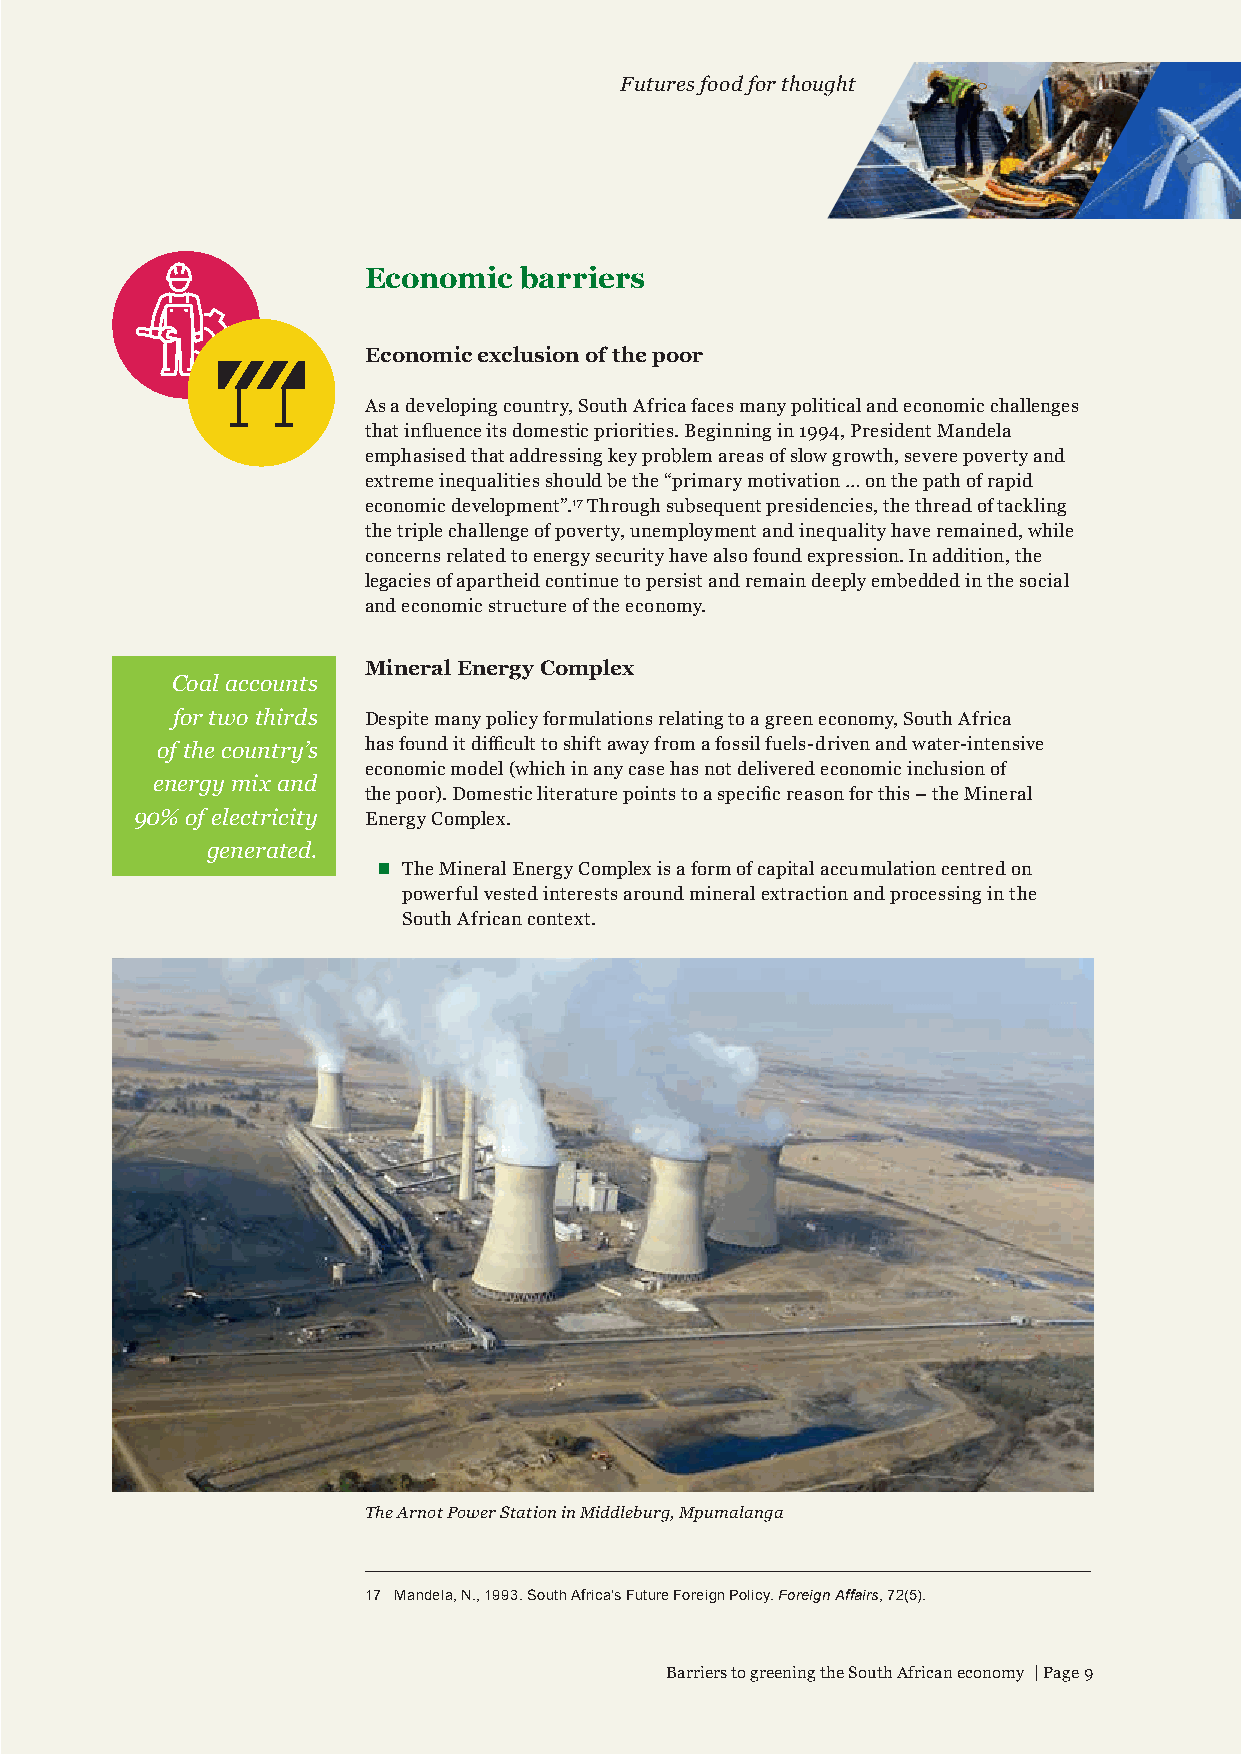
Futures food for thought
 Economic  barriers
 Economic exclusion of the poor
 As a developing country, South Africa faces many political and economic challenges
 that influence its domestic priorities. Beginning in 1994, President Mandela
 emphasised that addressing key problem areas of slow growth, severe poverty and
 extreme inequalities should be the “primary motivation … on the path of rapid
 economic development”.17 Through subsequent presidencies, the thread of tackling
 the triple challenge of poverty, unemployment and inequality have remained, while
 concerns related to energy security have also found expression. In addition, the
 legacies of apartheid continue to persist and remain deeply embedded in the social
 and economic structure of the economy.
 Mineral Energy Complex
 Coal accounts
 for two thirds Despite many policy formulations relating to a green economy, South Africa
 of the country’s has found it difficult to shift away from a fossil fuels-driven and water-intensive
 economic model (which in any case has not delivered economic inclusion of
 energy mix and
 the poor). Domestic literature points to a specific reason for this – the Mineral
 90% of electricity Energy Complex.
 generated.
  The Mineral Energy Complex is a form of capital accumulation centred on
 powerful vested interests around mineral extraction and processing in the
 South African context.
 The Arnot Power Station in Middleburg, Mpumalanga
 17 Mandela, N., 1993. South Africa’s Future Foreign Policy. Foreign Affairs, 72(5).
 Barriers to greening the South African economy | Page 9